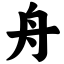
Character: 舟